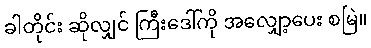
ခါတိုင်း ဆိုလျှင် ကြီးဒေါ်ကို အလျှော့ပေး စမြဲ။